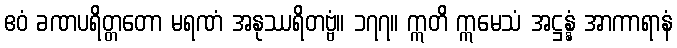
ဧဝံ ခဏပရိတ္တတော မရဏံ အနုဿရိတဗ္ဗံ။ ၁၇၇။ ဣတိ ဣမေသံ အဋ္ဌန္နံ အာကာရာနံ